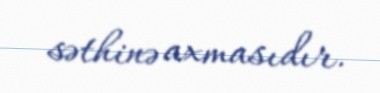
səthinə axmasıdır.